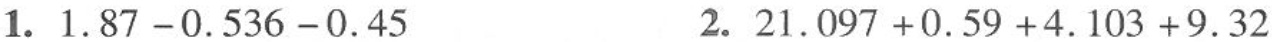
1.$$1.87-0.536-0.45$$2.$$21.097+0.59+4.103+9.32$$